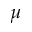
\mu